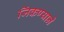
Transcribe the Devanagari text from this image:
जिंकण्याने